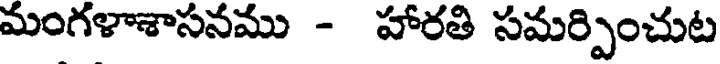
మంగళాశాసనము - హారతి సమర్పించుట